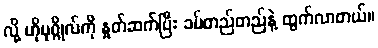
လို့ ဟိုပုဂ္ဂိုလ်ကို နှုတ်ဆက်ပြီး ခပ်တည်တည်နဲ့ ထွက်လာတယ်။